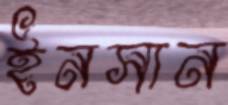
ইনসান